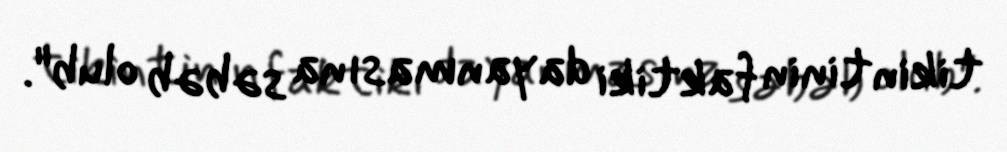
tikintinin faktiki dayanmasına səbəb olub".